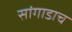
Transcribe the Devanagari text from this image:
सांगाडाच